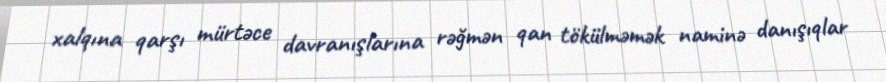
xalqına qarşı mürtəce davranışlarına rəğmən qan tökülməmək naminə danışıqlar